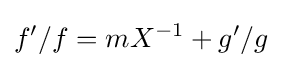
f'/f=mX^{-1}+g'/g